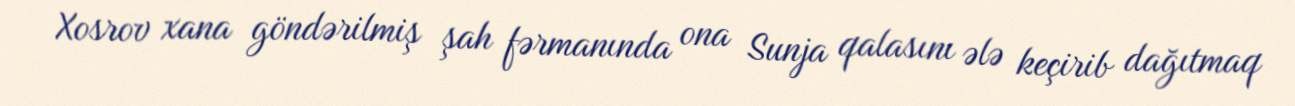
Xosrov xana göndərilmiş şah fərmanında ona Sunja qalasını ələ keçirib dağıtmaq